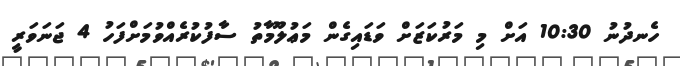
ހެނދުނު 10:30 އަށް މި މަރުކަޒަށް ވަޑައިގެން މަޢުލޫމާތު ސާފުކުރެއްވުމަށްފަހު 4 ޖަނަވަރީ